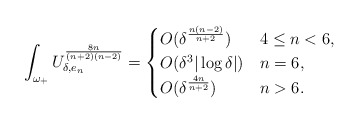
\begin{align*}\int_{\omega_+} U_{\delta,e_n}^\frac{8n}{(n+2)(n-2)} =\begin{cases}O(\delta^\frac{n(n-2)}{n+2}) & 4\leq n<6,\\O(\delta^3|\log \delta|) & n=6,\\O(\delta^\frac{4n}{n+2}) & n>6.\end{cases}\end{align*}